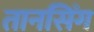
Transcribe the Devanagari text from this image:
तानसिँग